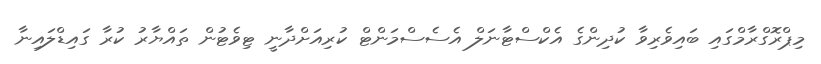
މިޕްރޮގްރާމްގައި ބައިވެރިވާ ކުދިންގެ އެކްސްޓާނަލް އެސެސްމަންޓް ކުރިއަށްދާނީ ޓިވެޓުން ތައްޔާރު ކުރާ ގައިޑްލައިނާ